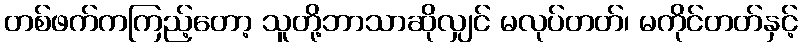
တစ်ဖက်ကကြည့်တော့ သူတို့ဘာသာဆိုလျှင် မလုပ်တတ်၊ မကိုင်တတ်နှင့်